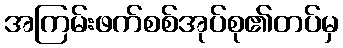
အကြမ်းဖက်စစ်အုပ်စု၏တပ်မှ